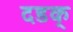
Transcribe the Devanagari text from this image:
दडक्